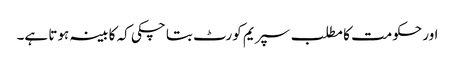
اور حکومت کا مطلب سپریم کورٹ بتا چکی کہ کابینہ ہوتا ہے۔